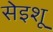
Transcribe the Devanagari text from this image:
सेइशू